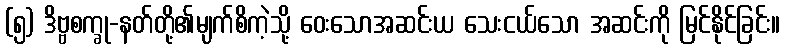
(၅) ဒိဗ္ဗစက္ခု-နတ်တို့၏မျက်စိကဲ့သို့ ဝေးသောအဆင်းယ သေးငယ်သော အဆင်းကို မြင်နိုင်ခြင်း။